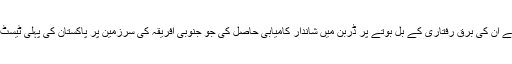
پاکستان نے ان کی برق رفتاری کے بل بوتے پر ڈربن میں شاندار کامیابی حاصل کی جو جنوبی افریقہ کی سرزمین پر پاکستان کی پہلی ٹیسٹ فتح تھی۔